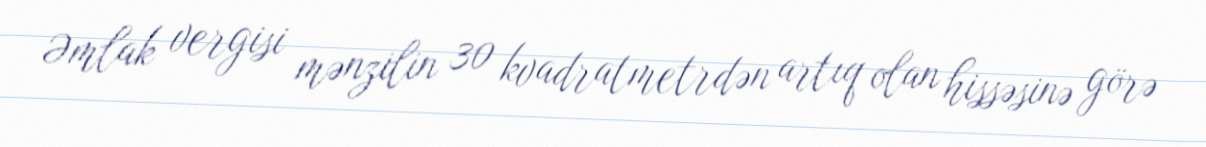
Əmlak vergisi mənzilin 30 kvadratmetrdən artıq olan hissəsinə görə